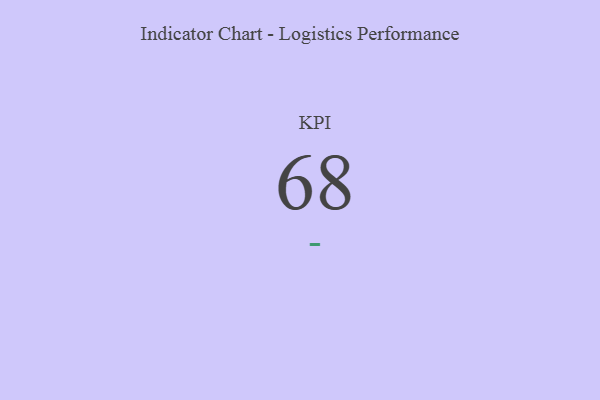
{"axis": {"x": "KPI", "y": "Value"}, "legend": [""], "data": [{"x": "KPI", "y": 68, "type": ""}]}